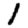
Digit: 1